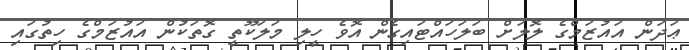
ޢަދަން އައުޒަމްގެ ލޮލަށް ބަލަހައްޓައިގެން އޮވެ ހީލި މަލަކޫތީ ގޮތަކުން އައުޒަމްގެ ހިތުގައި